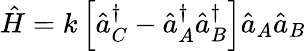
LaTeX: \hat{H}=k\left[\hat{a}_{C}^{\dagger}-\hat{a}_{A}^{\dagger}\hat{a}_{B}^{\dagger}\right]\hat{a}_{A}\hat{a}_{B}